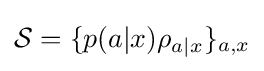
{\mathcal {S}}=\{p(a|x)\rho _{a|x}\}_{a,x}